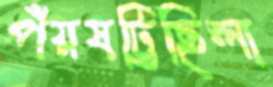
পঁয়ষট্টিছিলা